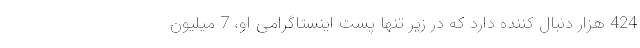
424 هزار دنبال کننده دارد که در زیر تنها پست اینستاگرامی او، 7 میلیون